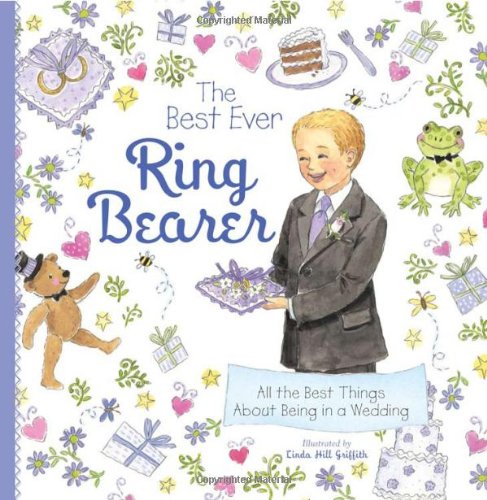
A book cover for The Best Ever Ring Bearer: All the Best Things About Being in a Wedding; Crafts, Hobbies & Home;